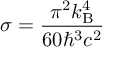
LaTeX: \sigma = { \frac { \pi ^ { 2 } k _ { \mathrm { B } } ^ { 4 } } { 6 0 \hbar ^ { 3 } c ^ { 2 } } }